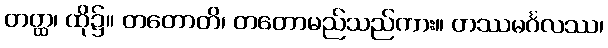
တတ္ထ၊ ထို၌။ တတောတိ၊ တတောမည်သည်ကား။ တဿမင်္ဂလဿ၊